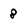
Character: 8